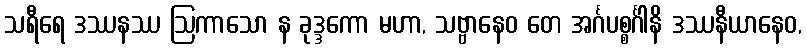
သရီရေ ဒဿနဿ ဩကာသော န ခုဒ္ဒကော မဟာ, သဗ္ဗာနေဝ တေ အင်္ဂပစ္စင်္ဂါနိ ဒဿနီယာနေဝ,